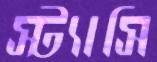
স্ট্যাসি